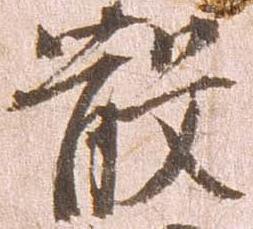
散